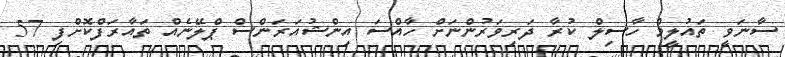
ސާނަވީ ތައުލީމް ހާސިލް ކުރާ ދަރިވަރުންނަށް ހާއްސަ އިންޝުއަރަންސް ޕްލޭނެއް ތައާރަފްކޮށްފި 57